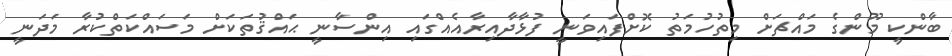
ބާންކީ މޫންގެ މައްޗަށް މިތުހުމަތު ކޮށްފައިވަނީ ފުޅާދާއިރާއެއްގައި އިންސާނީ ޙައްޤުތަކަށް މަސައްކަތްކުރާ މަދަނީ